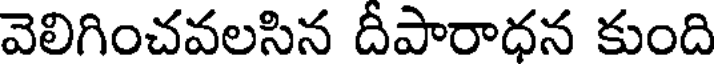
వెలిగించవలసిన దీపారాధన కుంది